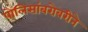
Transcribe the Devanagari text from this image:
पोलिसांबरोबरीने